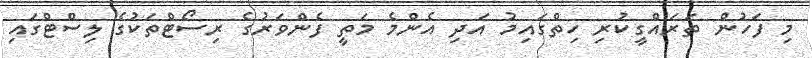
މި ފަހުން ތަރައްގީކުރި ހިތްގައިމު އަދި އެންމެ މަތީ ފެންވަރުގެ ރިސޯޓްތަކުގެ ލިސްޓްގައި